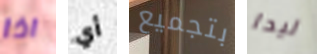
اذا أي بتجميع ليدا